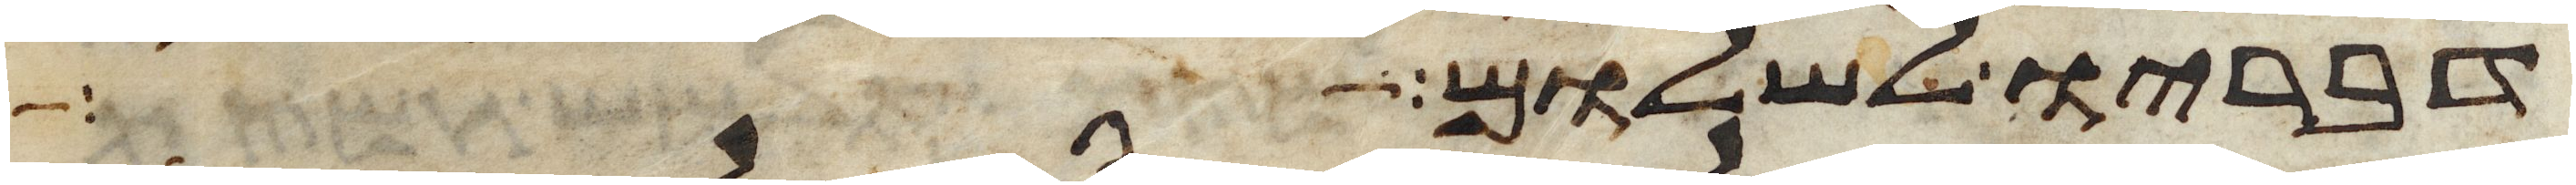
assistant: דבריו לשלום